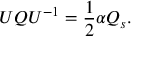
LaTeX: U { \cal Q } U ^ { - 1 } = { \frac { 1 } { 2 } } \alpha { \cal Q } _ { s } .